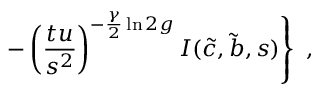
\left. \hfill - \left( \frac { t u } { s ^ { 2 } } \right) ^ { - \frac { \gamma } { 2 } \ln 2 g } I ( \tilde { c } , \tilde { b } , s ) \right\} \hfill ~ ,